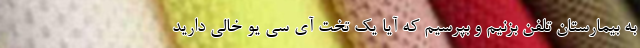
به بیمارستان تلفن بزنیم و بپرسیم که آیا یک تخت آی سی یو خالی دارید